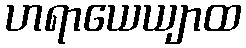
ဟရာယေယျာထ